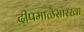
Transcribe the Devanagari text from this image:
दीपमाळेसारखा